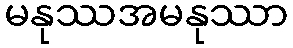
မနုဿအမနုဿာ